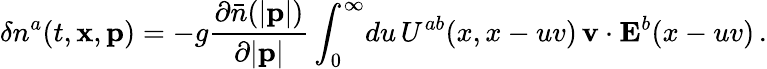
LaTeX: \delta n^{a}(t,{\mathbf x},{\mathbf p})=-g{\frac{\partial\bar{n}(|{\mathbf p}|)}{\partial|{\mathbf p}|}}\int_{0}^{\infty}\! du\, U^{ab}(x,x-uv)\, {\mathbf v}\cdot{\mathbf E}^{b}(x-uv)\, .